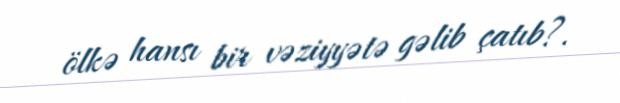
ölkə hansı bir vəziyyətə gəlib çatıb?.